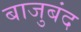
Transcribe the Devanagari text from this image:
बाजुबंद